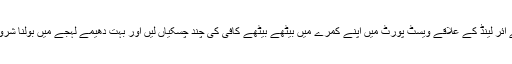
اس نے آئر لینڈ کے علاقے ویسٹ پورٹ میں اپنے کمرے میں بیٹھے بیٹھے کافی کی چند چُسکیاں لیں اور بہت دھیمے لہجے میں بولنا شروع کیا۔